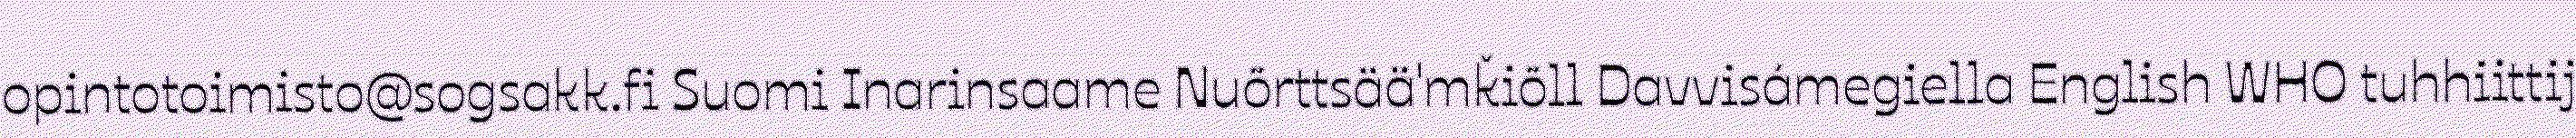
opintotoimisto@sogsakk.fi Suomi Inarinsaame Nuõrttsää'mǩiõll Davvisámegiella English WHO tuhhiittij